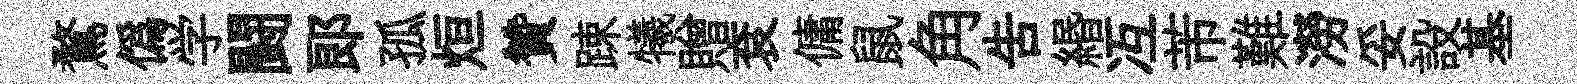
鶩偽学闘郞孤烜贊踈犧贈袞傭鼠角吿緡冱芾難澇妥設基